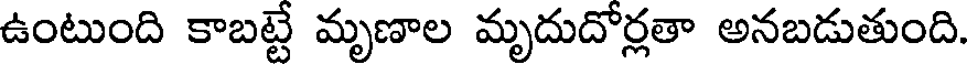
ఉంటుంది కాబట్టే మృణాల మృదుదోర్లతా అనబడుతుంది.